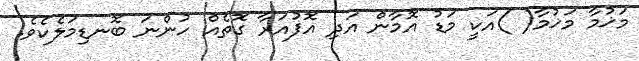
މަޚުމާ މަޚުމާ( )އަކީ މަޑު އޮމާން އަދި އޮފުއަރާ ގޮތެއް ހުންނަ ބޮނޑިމަލެކެވެ.